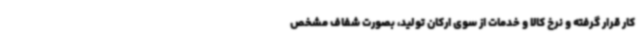
کار قرار گرفته و نرخ کالا و خدمات از سوی ارکان تولید، بصورت شفاف مشخص